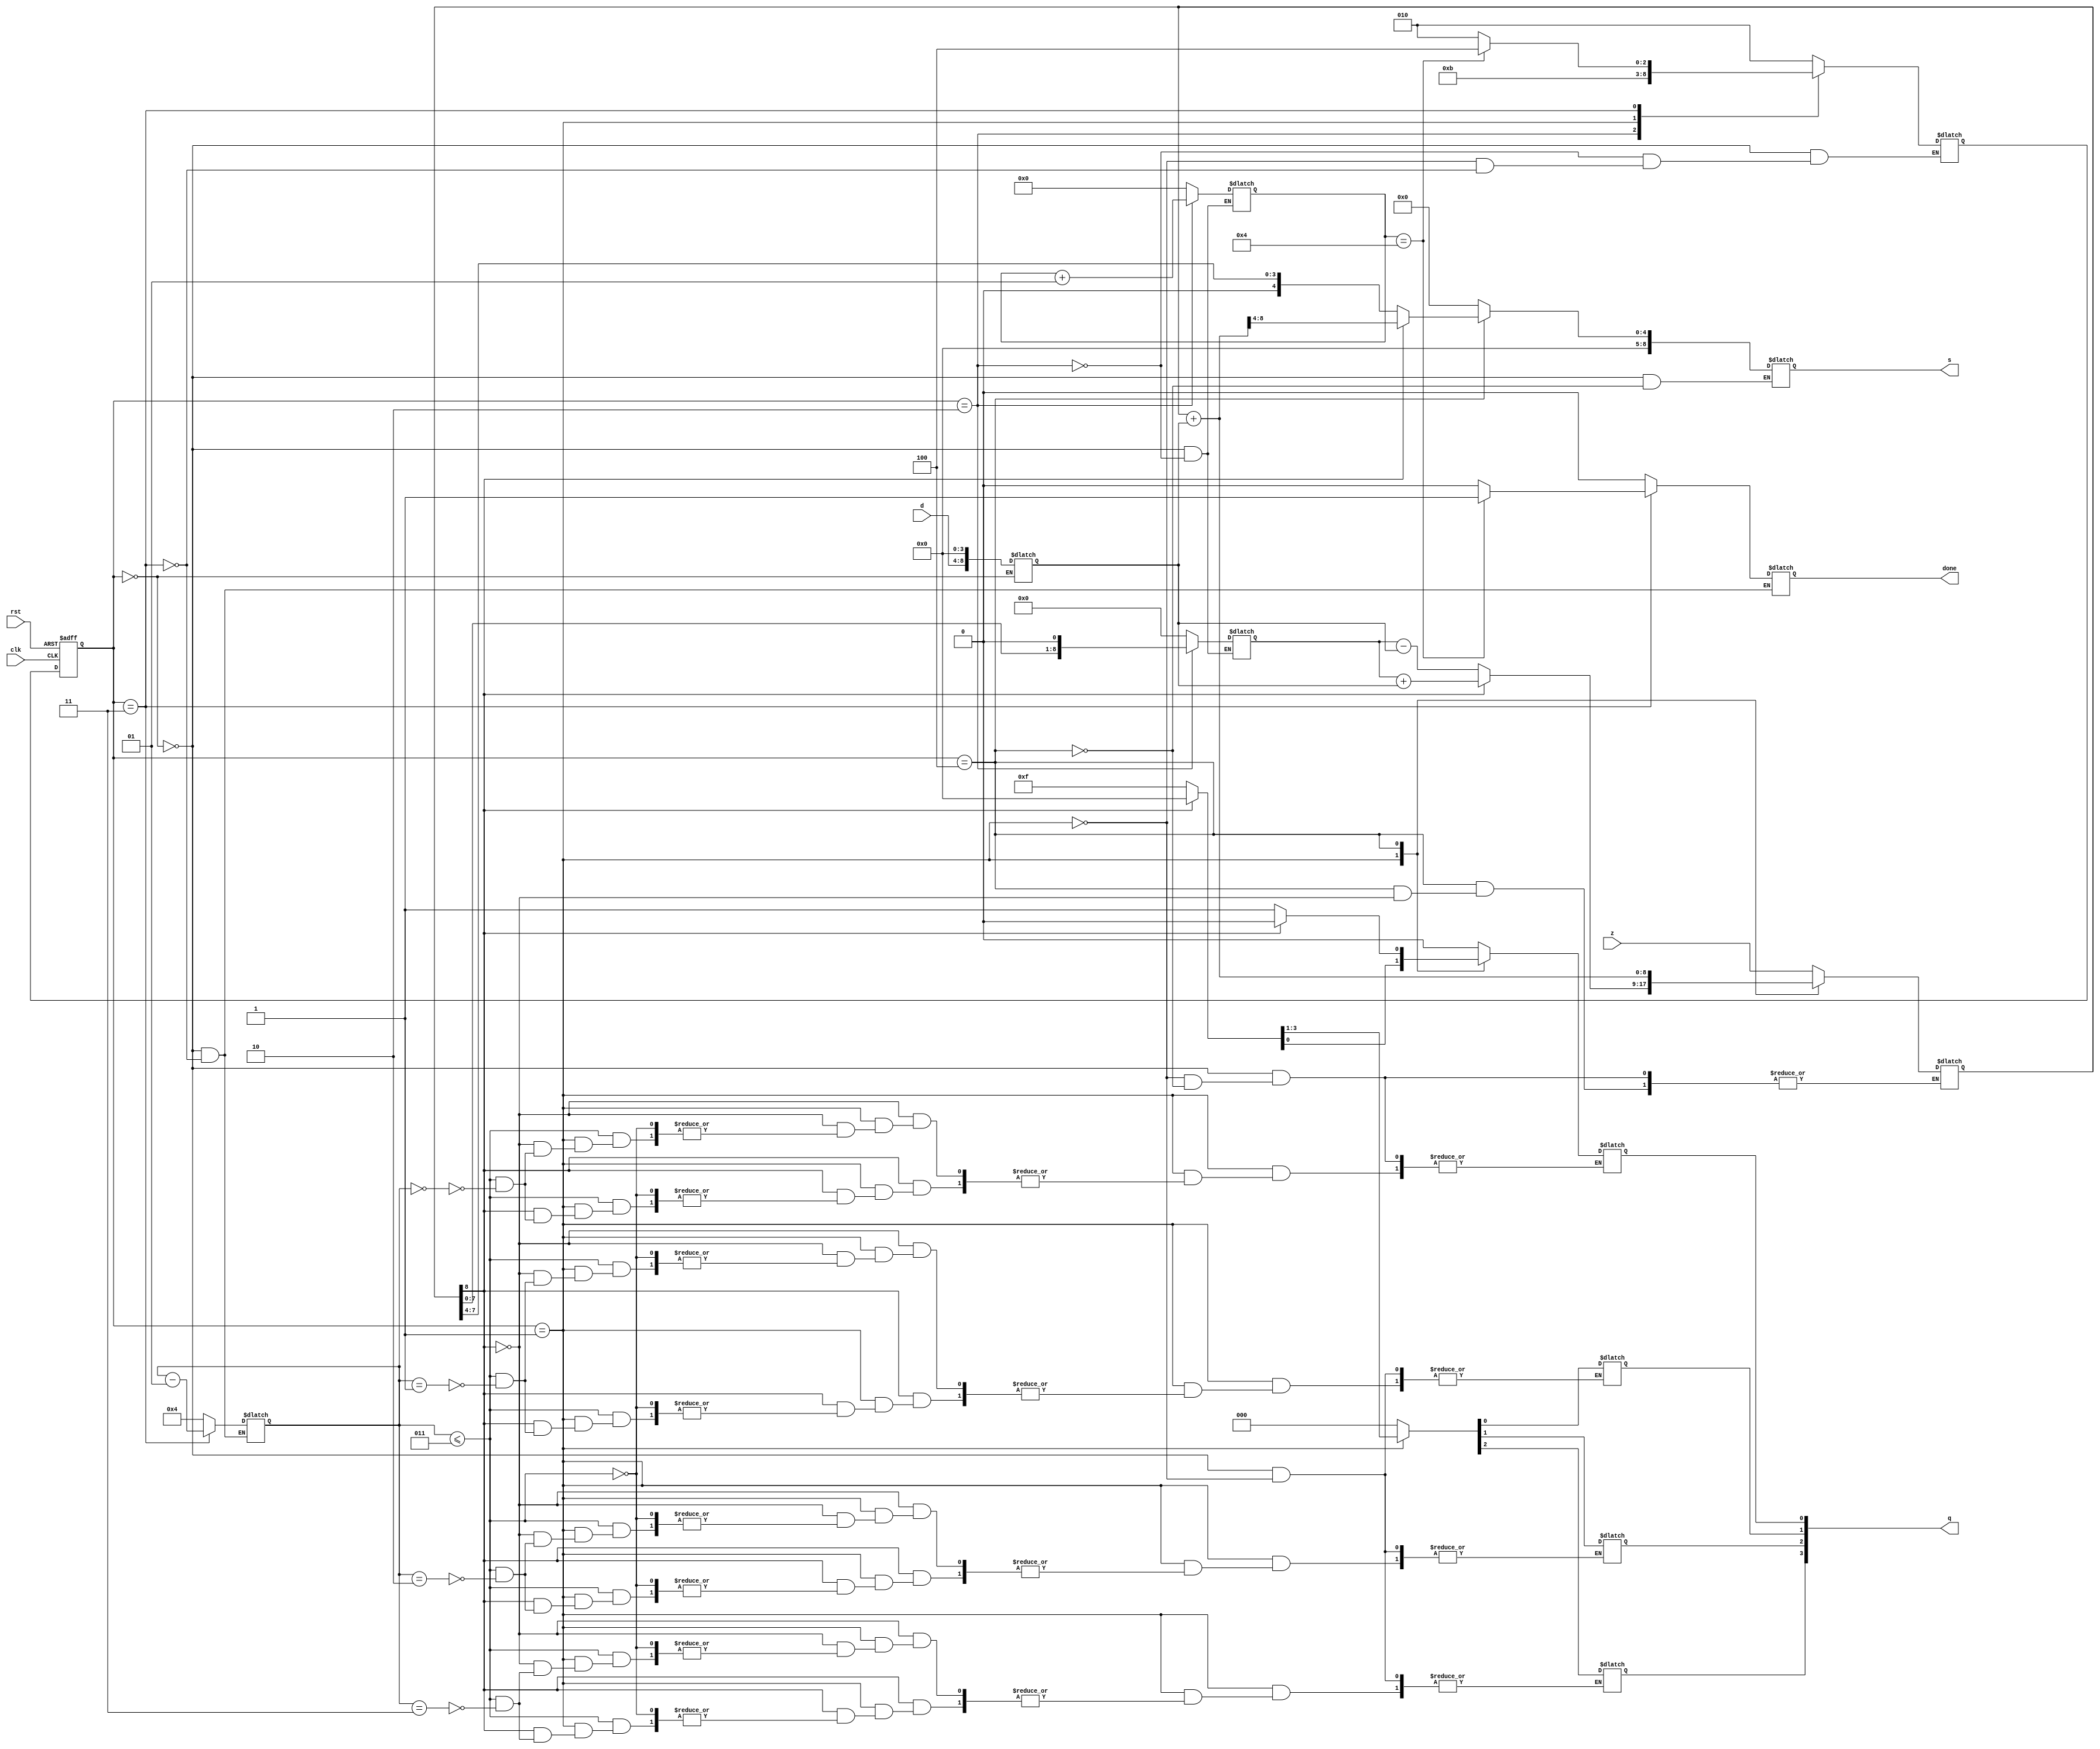
`timescale 1ns / 1ps



module NON_RESTORING(
input wire[8:0] z, //0x1x2x3x4x5...
input wire[4:0] d, // ....
output wire [3:0] q,
output wire[8:0] s,
input wire clk,
input wire rst,
output wire done
    );
    
reg[8:0] s_reg, temp;
reg[8:0] s_final;

reg done_reg;
reg[3:0] q_reg = 0;
integer i = 0;

reg[8:0] val;

integer msb;

localparam[2:0] S0 = 0, S1=1, S2=2, S3=3, S4=4;

reg[2:0] state_present, state_next;

always@(posedge clk, posedge rst)
begin
    if(rst)
        state_present <= S0;
    else
        state_present <= state_next;
end

always@(state_present)
begin
    case(state_present)
    
    S0: //load initial values
    begin
        s_reg = z;
        s_final = 0;
        val = {d, 4'b0000};
        q_reg = 0;
        state_next = S2;
        done_reg = 0;
        msb=4;
        i = 0;
        temp = 0;
    end
    
    S2:
    begin
        temp = s_reg << 1; 
        i=i+1;     
        state_next = S1;        
    end

    S1: //quotient and remainder
    begin

        if(s_reg[8] == 1'b1)  //negative so add
        begin
            s_reg =  temp + val;
            if(msb <= 3)
                q_reg[msb] = 1'b0;
            state_next = S3;
            $display("%d", msb);
            
        end
        
        // else if(s_reg[8] == 1'b0)
        else  //positive so subtract
        begin
            
            s_reg = temp - val;
            if(msb <= 3)
                q_reg[msb] = 1'b1;
            state_next = S3;
             $display("%d", msb);
            
        end      
    end
    
    S3:
    begin
        msb = msb-1;
        if(i==4)
        begin
            done_reg = 1;
            state_next = S4;
        end  
        else
        begin
            done_reg = 0;
            state_next = S2;
        end 
       
    end

    S4:
    begin
        //load final output
        if(s_reg[8] == 1'b1)
        begin
            q_reg[0] = 1'b0;
            s_reg = s_reg + val;
            s_final = {4'b0000, s_reg[8:4]};  
        end
        
        else
        begin
            q_reg[0] = 1'b1;
            s_final = {4'b0000, s_reg[8:4]};  
        end
        
    end
    
    endcase
end

assign q = q_reg;
assign done = done_reg;
assign s = s_final;

endmodule